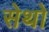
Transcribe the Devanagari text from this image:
सेथो